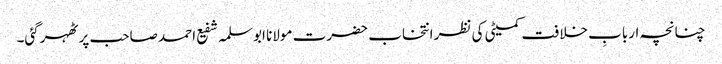
چنانچہ اربابِ خلافت کمیٹی کی نظر انتخاب حضرت مولانا ابوسلمہ شفیع احمد صاحب پر ٹھہرگئی۔